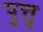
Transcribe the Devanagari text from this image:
पुत्तु